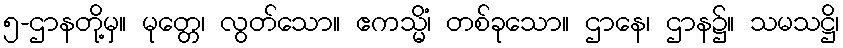
၅-ဌာနတို့မှ။ မုတ္တေ၊ လွတ်သော။ ဧကသ္မိံ၊ တစ်ခုသော။ ဌာနေ၊ ဌာန၌။ သမသဋ္ဌိ၊